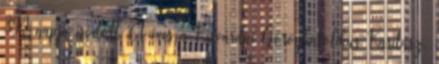
394 napja íródott Öt éves a Kisvárdai Görögkatolikus Karitász.